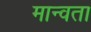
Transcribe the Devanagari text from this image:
मान्वता